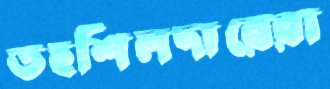
তহশিলদারেরা